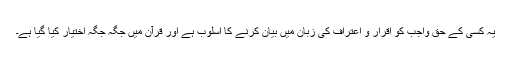
یہ کسی کے حق واجب کو اقرار و اعتراف کی زبان میں بیان کرنے کا اسلوب ہے اور قرآن میں جگہ جگہ اختیار کیا گیا ہے۔